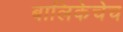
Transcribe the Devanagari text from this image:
बालिकेचेच